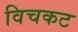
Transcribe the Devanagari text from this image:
विचकट